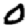
Digit: 0